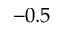
- 0 . 5